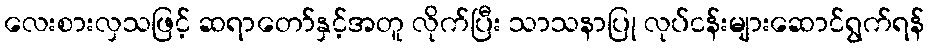
လေးစားလှသဖြင့် ဆရာတော်နှင့်အတူ လိုက်ပြီး သာသနာပြု လုပ်ငန်းများဆောင်ရွက်ရန်